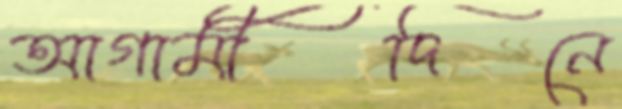
আগামীদিনে